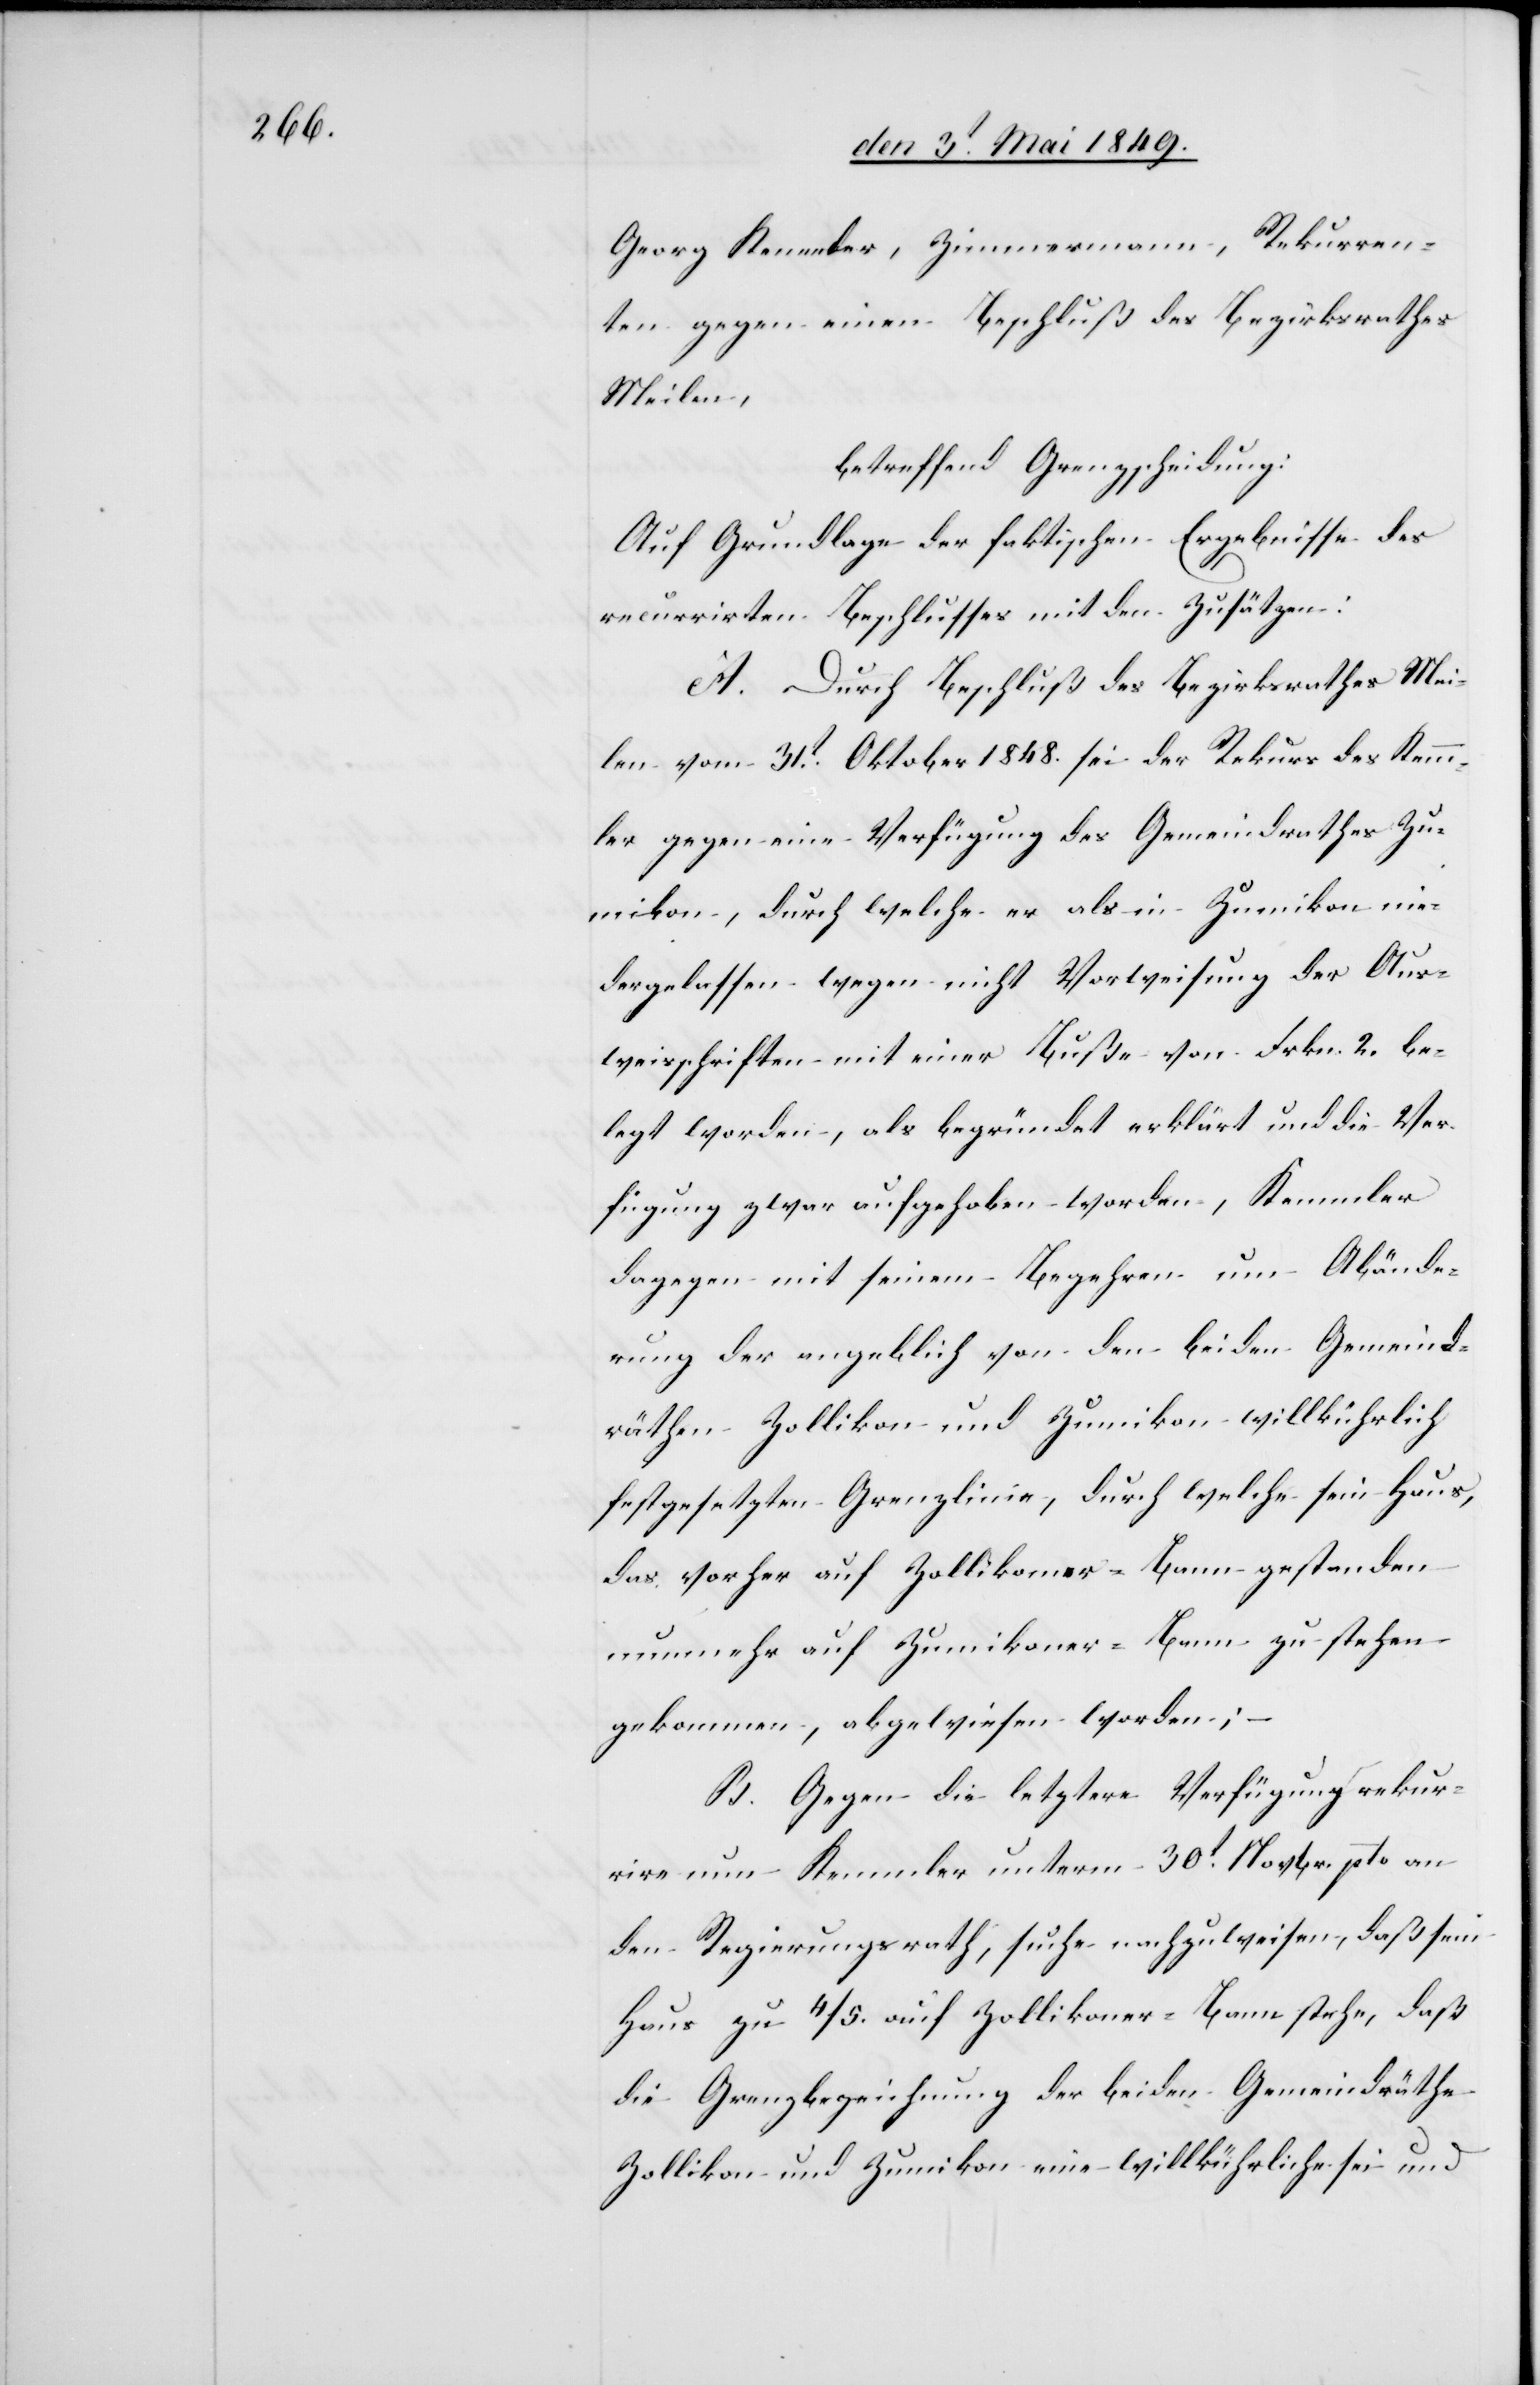
Georg Kemmler, Zimmermann, Rekurren¬
ten gegen einen Beschluß des Bezirksrathes
Meilen,
betreffend Grenzscheidung:
Auf Grundlage der faktischen Ergebnisse des
recurrirten Beschlusses mit den Zusätzen:
A. Durch Beschluß des Bezirksrathes Mei¬
len vom 31t Oktober 1848. sei der Rekurs des Kemm¬
ler gegen eine Verfügung des Gemeindrathes Zu¬
mikon, durch welche er als in Zumikon nie¬
dergelassen wegen nicht Vorweisung der Aus¬
weisschriften mit einer Buße von Frkn. 2. be¬
legt worden, als begründet erklärt und die Ver¬
fügung zwar aufgehoben worden, Kemmler
dagegen mit seinem Begehren um Abände¬
rung der angeblich von den beiden Gemeind¬
räthen Zollikon und Zumikon willkürlich
festgesetzten Grenzlinien, durch welche sein Haus,
das vorher auf Zollikoner-Bann gestanden
nunmehr auf Zumikoner-Bann zu stehen
gekommen, abgewiesen worden; –
B. Gegen die letztere Verfügung rekur¬
rire nun Kemmler unterm 30t Novbr. pto an
den Regierungsrath, suche nachzuweisen, daß sein
Haus zu 4/5. auf Zollikoner-Bann stehe, daß
die Grenzbezeichnung der beiden Gemeindräthe
Zollikon und Zumikon eine willkührliche sei und